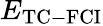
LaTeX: E_{\mathrm{{TC-FCI}}}